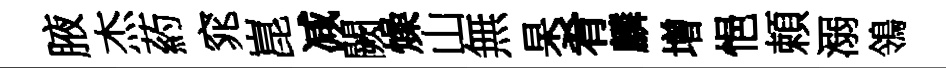
腋杰葯窕崑减闕燥山無杲肴麟增悒頼溺鴒